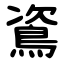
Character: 䳐